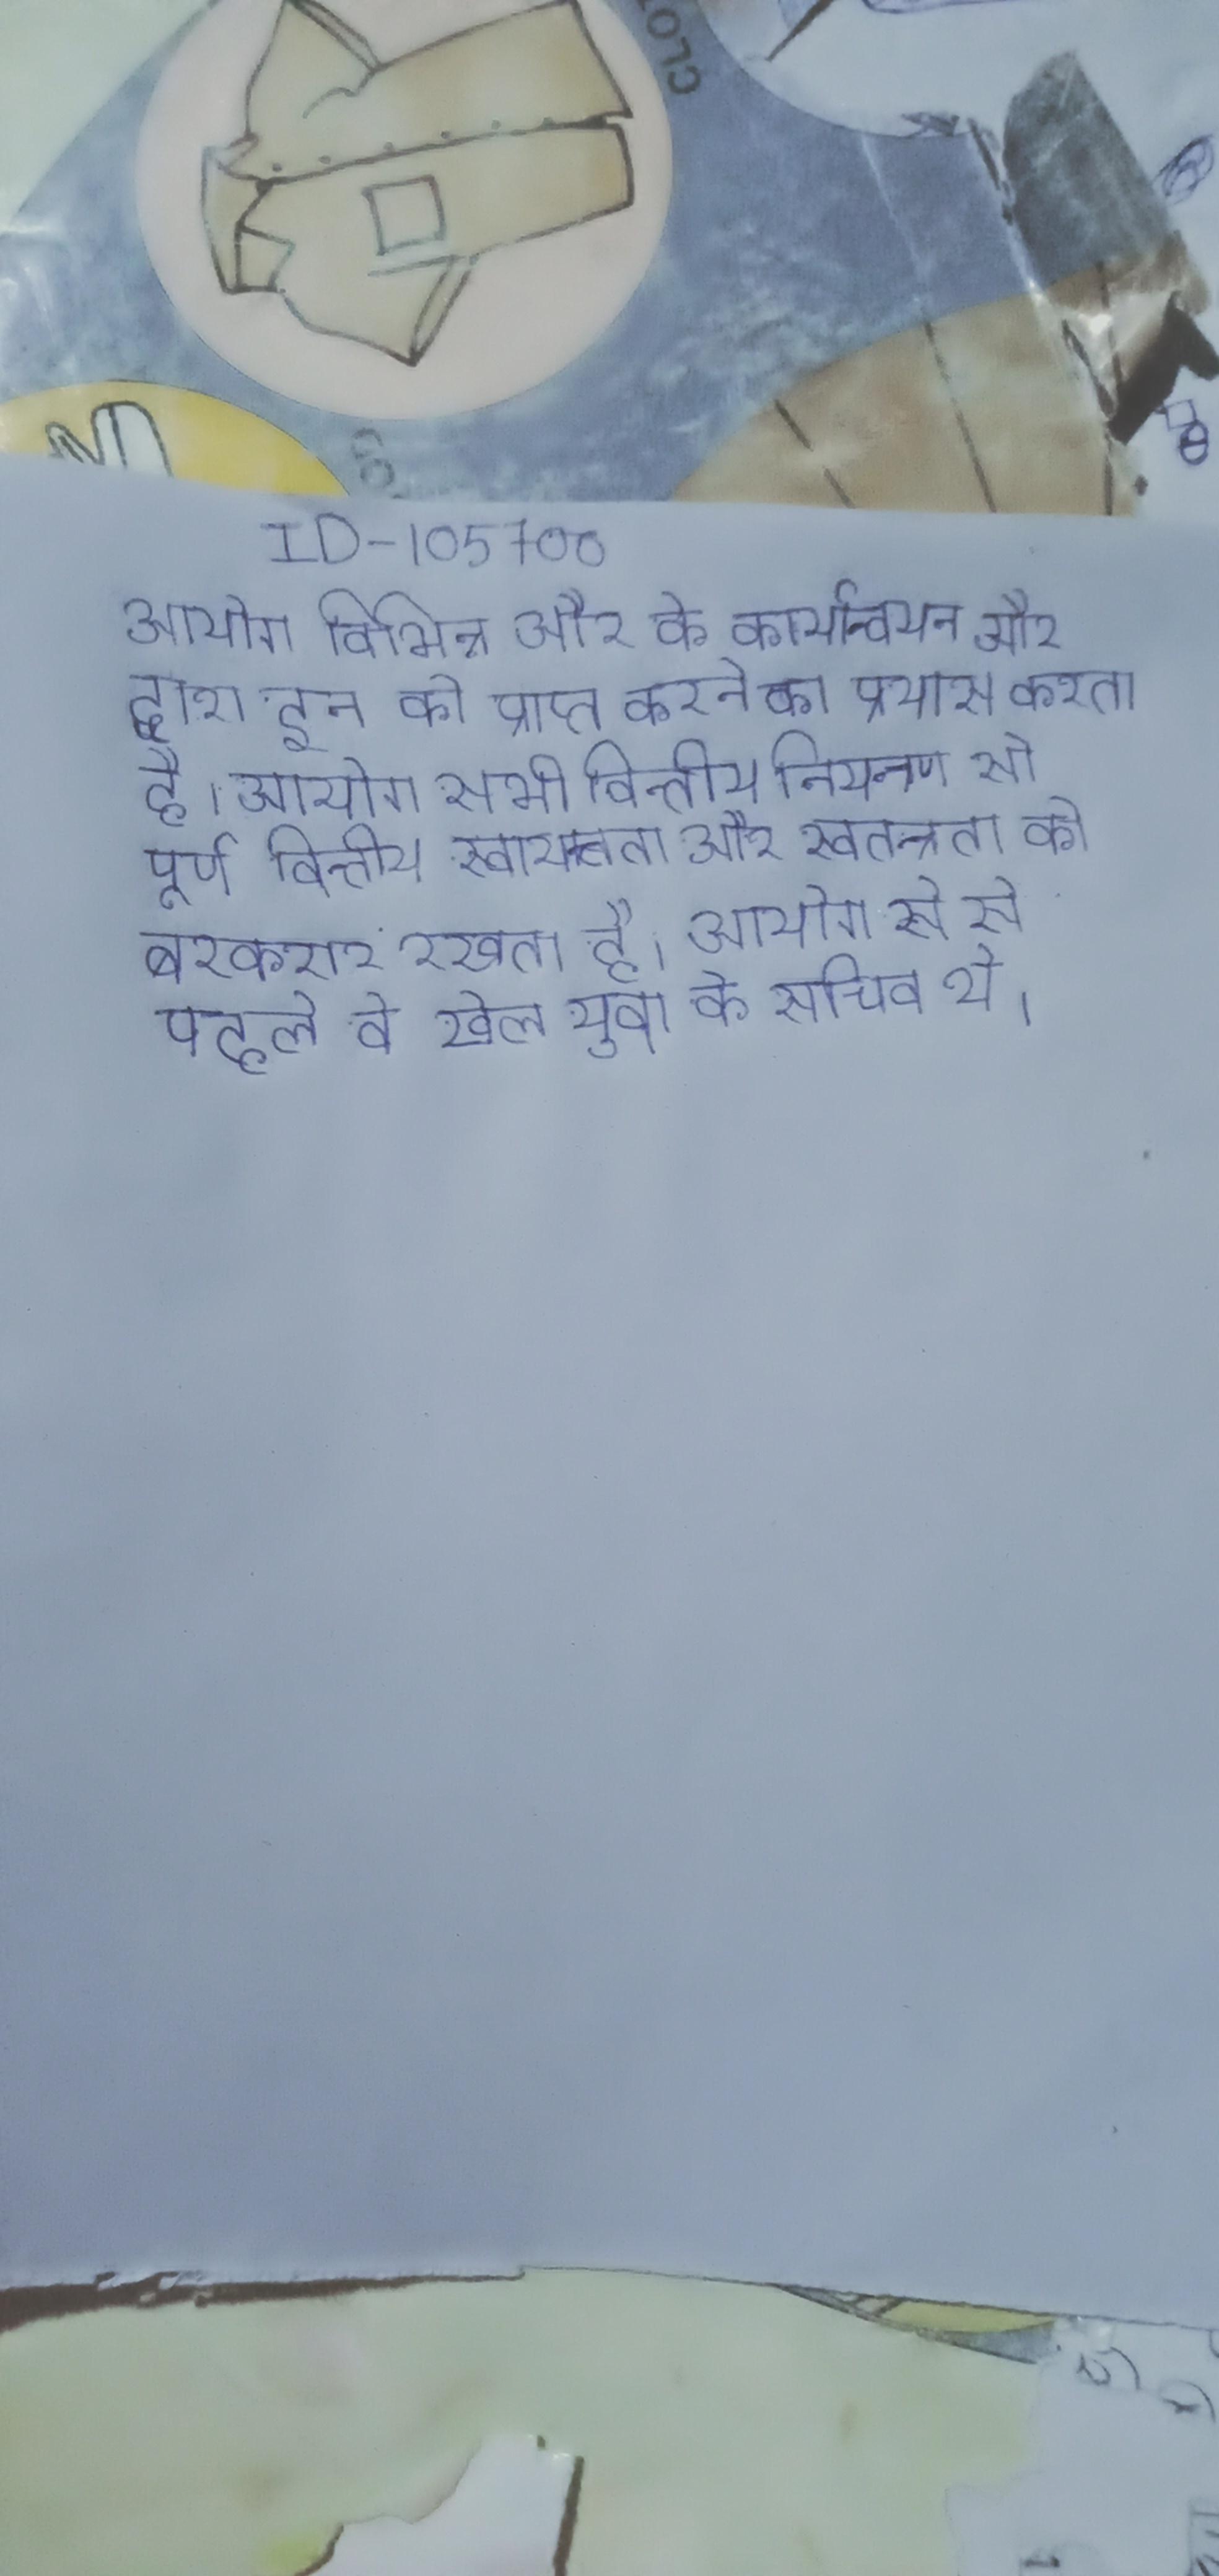
आयोग विभिन्न और के कार्यान्वयन और द्वारा इन को प्राप्त करने का प्रयास करता है । आयोग शुरू से ही रहा । आयोग सभी वित्तीय नियन्त्रण से पूर्ण वित्तीय स्वायत्तता और स्वतन्त्रता को बरकरार रखता है । आयोग से से पहले वे खेल युवा के सचिव थे ।